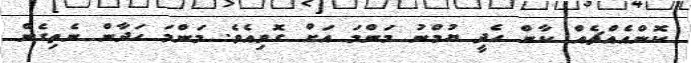
ކޮންއެއްޗެއް ކާން ހެދީ ޔުމްނު މަންމަ އަށް ގޮވިއެވެ. މަންމަ ހަދާން ނެތިގެން